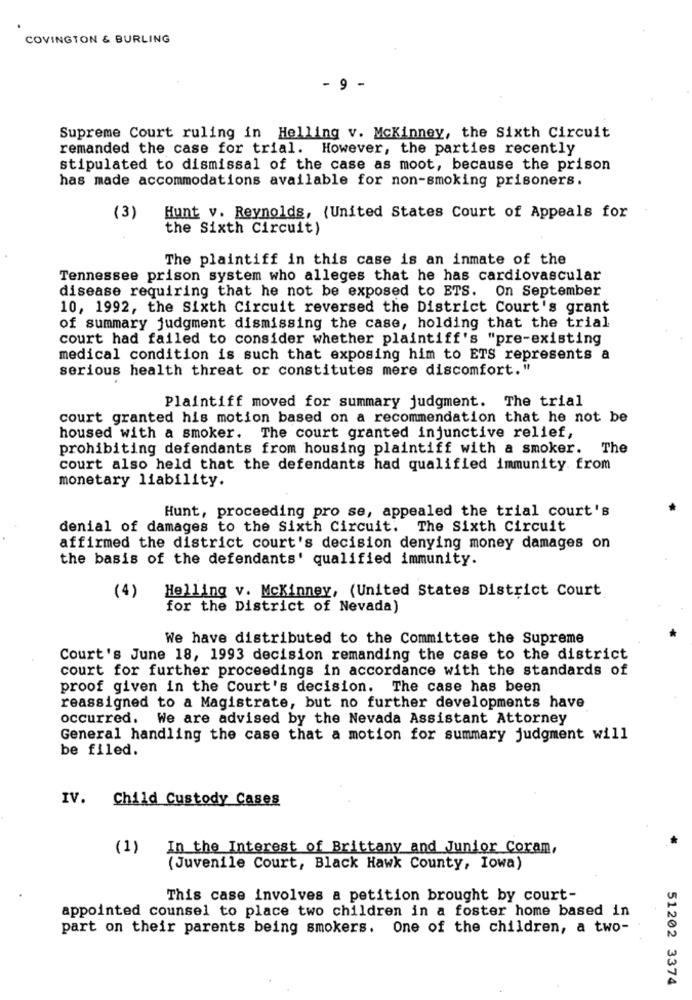
COVINGTON & BURLING
- 9 -
Supreme Court ruling in Helling v. Mckinney, the Sixth Circuit
remanded the case for trial. However, the parties recently
stipulated to dismissal of the case as moot, because the prison
has made accommodations available for non-smoking prisoners.
(3)
Hunt v. Reynolds, {United States Court of Appeals for
the Sixth Circuit)
The plaintiff in this case is an inmate of the
Tennessee prison system who alleges that he has cardiovascular
disease requiring that he not be exposed to ETS. On September
10, 1992, the Sixth Circuit reversed the District Court's grant
of summary judgment dismissing the case, holding that the trial
court had failed to consider whether plaintiff's "pre-existing
medical condition is such that exposing him to ETS represents a
serious health threat or constitutes mere discomfort."
Plaintiff moved for summary judgment. The trial
court granted his motion based on a recommendation that he not be
housed with a smoker. The court granted injunctive relief,
prohibiting defendants from housing plaintiff with a smoker. The
court also held that the defendants had qualified immunity. from
monetary liability.
Hunt, proceeding pro se, appealed the trial court's
denial of damages to the Sixth Circuit. The Sixth Circuit
affirmed the district court's decision denying money damages on
the basis of the defendants' qualified immunity.
(4)
Helling v. Mckinney, (United States District Court
for the District of Nevada)
We have distributed to the Committee the Supreme
Court's June 18, 1993 decision remanding the case to the district
court for further proceedings in accordance with the standards of
proof given in the Court's decision. The case has been
reassigned to a Magistrate, but no further developments have
occurred. We are advised by the Nevada Assistant Attorney
General handling the case that a motion for summary judgment will
be filed.
IV. Child Custody Cases
(1)
In the Interest of Brittany and Junior Coram.
(Juvenile Court, Black Hawk County, Iowa)
This case involves a petition brought by court-
appointed counsel to place two children in a foster home based in
part on their parents being smokers. One of the children, a two-
51202 3374